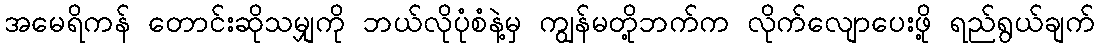
အမေရိကန် တောင်းဆိုသမျှကို ဘယ်လိုပုံစံနဲ့မှ ကျွန်မတို့ဘက်က လိုက်လျောပေးဖို့ ရည်ရွယ်ချက်